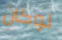
لوكان